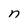
Character: n